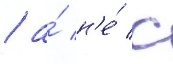
/ а́ н'е́ с